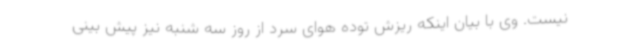
نیست. وی با بیان اینکه ریزش توده هوای سرد از روز سه شنبه نیز پیش بینی